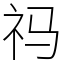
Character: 祃